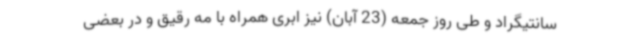
سانتیگراد و طی روز جمعه (23 آبان) نیز ابری همراه با مه رقیق و در بعضی